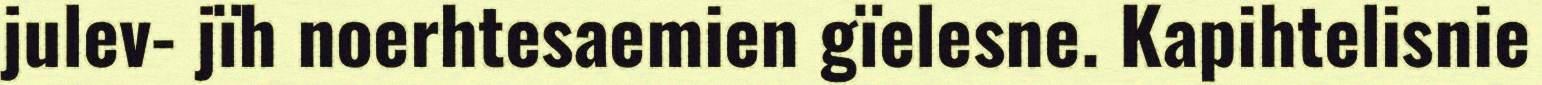
julev- jïh noerhtesaemien gïelesne. Kapihtelisnie